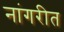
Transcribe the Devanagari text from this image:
नांगरीत